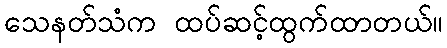
သေနတ်သံက ထပ်ဆင့်ထွက်ထာတယ်။